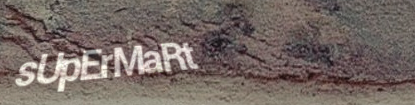
sUpErMaRt